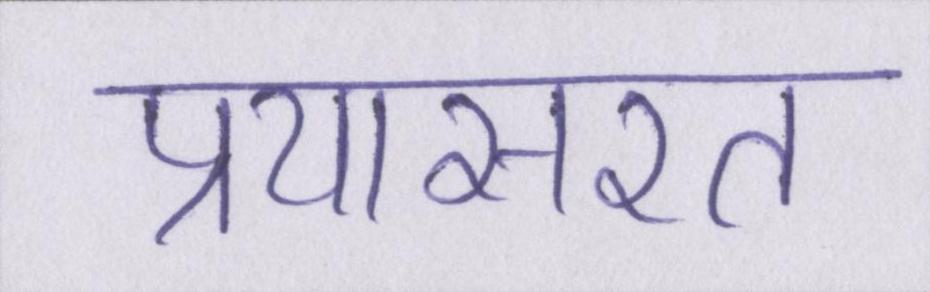
प्रयासरत